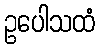
ဥပေါသထံ